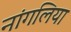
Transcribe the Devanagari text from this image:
नांगलिया